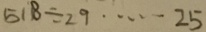
5 1 8 \div 2 9 \cdots 2 5